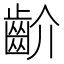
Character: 齘